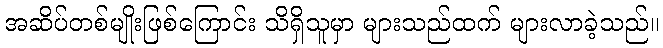
အဆိပ်တစ်မျိုးဖြစ်ကြောင်း သိရှိသူမှာ များသည်ထက် များလာခဲ့သည်။